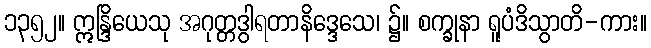
၁၃၅၂။ ဣန္ဒြိယေသု အဂုတ္တဒွါရတာနိဒ္ဒေသေ၊ ၌။ စက္ခုနာ ရူပံဒိသွာတိ-ကား။